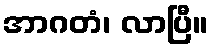
အာဂတံ၊ လာပြီ။